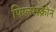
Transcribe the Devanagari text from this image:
फिल्मस्क्रीन